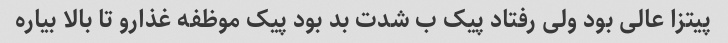
پیتزا عالی بود ولی رفتاد پیک ب شدت بد بود پیک موظفه غذارو تا بالا بیاره